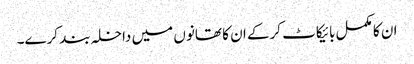
ان کا مکمل بائیکاٹ کرکے ان کا تھانوں میں داخلہ بند کرے۔